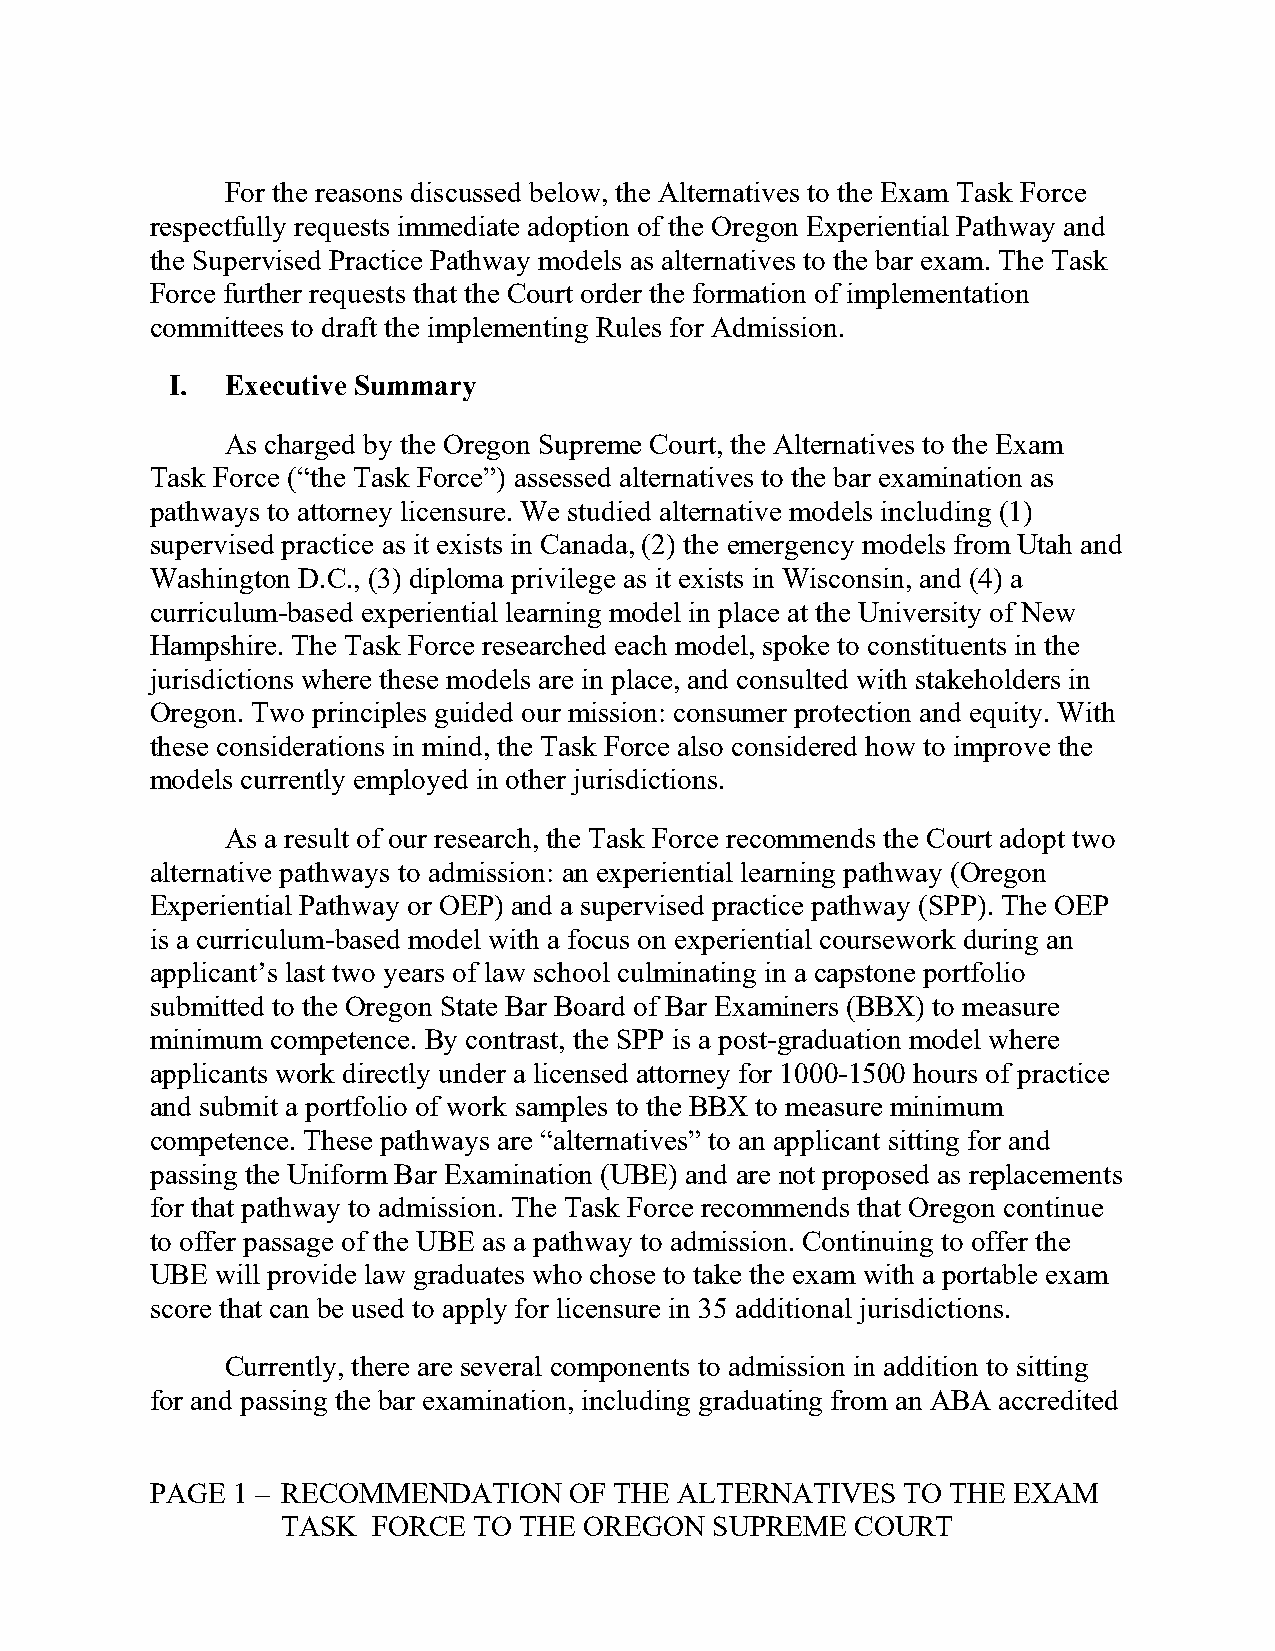
For the reasons discussed below, the Alternatives to the Exam Task Force
 respectfully requests immediate adoption of the Oregon Experiential Pathway and
 the Supervised Practice Pathway models as alternatives to the bar exam. The Task
 Force further requests that the Court order the formation of implementation
 committees to draft the implementing Rules for Admission.
 I.  Executive Summary
 As charged by the Oregon Supreme Court, the Alternatives to the Exam
 Task Force (“the Task Force”) assessed alternatives to the bar examination as
 pathways to attorney licensure. We studied alternative models including (1)
 supervised practice as it exists in Canada, (2) the emergency models from Utah and
 Washington D.C., (3) diploma privilege as it exists in Wisconsin, and (4) a
 curriculum-based experiential learning model in place at the University of New
 Hampshire. The Task Force researched each model, spoke to constituents in the
 jurisdictions where these models are in place, and consulted with stakeholders in
 Oregon. Two principles guided our mission: consumer protection and equity. With
 these considerations in mind, the Task Force also considered how to improve the
 models currently employed in other jurisdictions.
 As a result of our research, the Task Force recommends the Court adopt two
 alternative pathways to admission: an experiential learning pathway (Oregon
 Experiential Pathway or OEP) and a supervised practice pathway (SPP). The OEP
 is a curriculum-based model with a focus on experiential coursework during an
 applicant’s last two years of law school culminating in a capstone portfolio
 submitted to the Oregon State Bar Board of Bar Examiners (BBX) to measure
 minimum competence. By contrast, the SPP is a post-graduation model where
 applicants work directly under a licensed attorney for 1000-1500 hours of practice
 and submit a portfolio of work samples to the BBX to measure minimum
 competence. These pathways are “alternatives” to an applicant sitting for and
 passing the Uniform Bar Examination (UBE) and are not proposed as replacements
 for that pathway to admission. The Task Force recommends that Oregon continue
 to offer passage of the UBE as a pathway to admission. Continuing to offer the
 UBE will provide law graduates who chose to take the exam with a portable exam
 score that can be used to apply for licensure in 35 additional jurisdictions.
 Currently, there are several components to admission in addition to sitting
 for and passing the bar examination, including graduating from an ABA accredited
 PAGE 1 – RECOMMENDATION     OF THE ALTERNATIVES   TO THE EXAM
 TASK  FORCE TO THE  OREGON  SUPREME   COURT